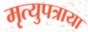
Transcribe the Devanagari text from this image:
मृत्युपत्राया